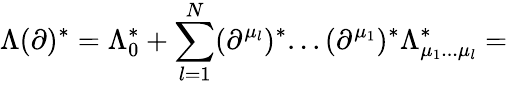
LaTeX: \Lambda(\partial)^{*}=\Lambda_{0}^{*}+\sum_{l=1}^{N}(\partial^{\mu_{l}})^{*}...(\partial^{\mu_{1}})^{*}\Lambda_{\mu_{1}...\mu_{l}}^{*}=